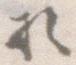
於